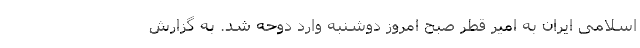
اسلامی ایران به امیر قطر صبح امروز دوشنبه وارد دوحه شد. به‌ گزارش